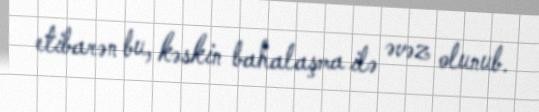
etibarən bu, kəskin bahalaşma ilə əvəz olunub.